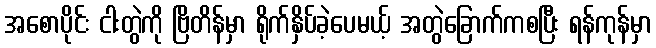
အစောပိုင်း ငါးတွဲကို ဗြိတိန်မှာ ရိုက်နှိပ်ခဲ့ပေမယ့် အတွဲခြောက်ကစပြီး ရန်ကုန်မှာ